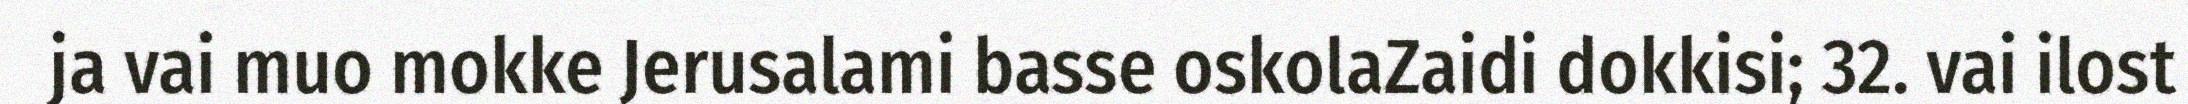
ja vai muo mokke Jerusalami basse oskolaZaidi dokkisi; 32. vai ilost